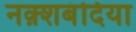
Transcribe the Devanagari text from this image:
नक़्शबंदिया